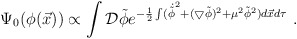
\begin{align*}\Psi_0 (\phi(\vec x)) \propto \int {\cal D} {\tilde \phi}e^{-{1 \over 2}\int ({\dot {\tilde \phi}}^2 +(\bigtriangledown {\tilde \phi})^2 +\mu^2 {\tilde \phi}^2) d\vec xd\tau}~.\end{align*}